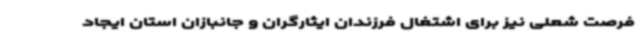
فرصت شعلی نیز برای اشتغال فرزندان ایثارگران و جانبازان استان ایجاد